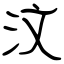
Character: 汶